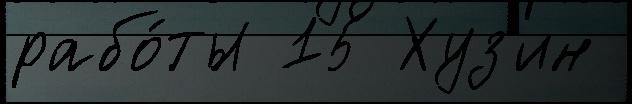
рабо́ты 15 Хуз'ин